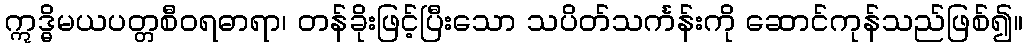
ဣဒ္ဓိမယပတ္တစီဝရဓာရာ၊ တန်ခိုးဖြင့်ပြီးသော သပိတ်သင်္ကန်းကို ဆောင်ကုန်သည်ဖြစ်၍။